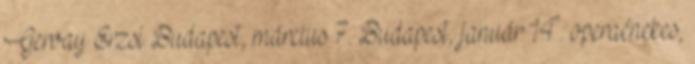
Gervay Erzsi Budapest, március 7. Budapest, január 14. operaénekes,